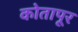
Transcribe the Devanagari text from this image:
कोतापूर